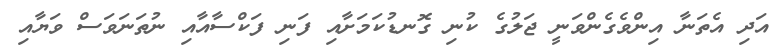
އަދި އެތަނާ އިންވެގެންވަނީ ޖަލުގެ ކުނި ގޮނޑުކަމަށާއި ފަނި ފަކްސާއާއި ނުތަނަވަސް ވަޔާއި